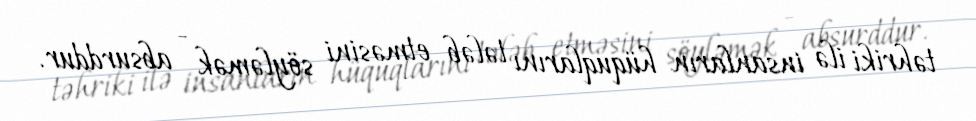
təhriki ilə insanların hüquqlarını tələb etməsini söyləmək - absurddur.